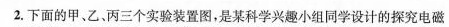
2.下面的甲、乙、丙三个实验装置图，是某科学兴趣小组同学设计的探究电磁